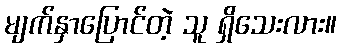
မျက်နှာပြောင်တဲ့ သူ ရှိသေးလား။